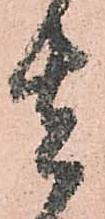
者